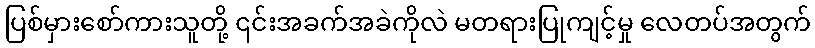
ပြစ်မှားစော်ကားသူတို့ ၎င်းအခက်အခဲကိုလဲ မတရားပြုကျင့်မှု လေတပ်အတွက်